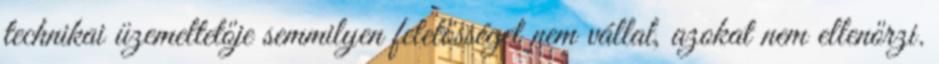
technikai üzemeltetője semmilyen felelősséget nem vállal, azokat nem ellenőrzi.